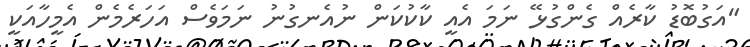
"އަގުބޮޑު ކާރެއް ގެންގުޅޭ ނަމަ އެއީ ކާކުކަން ނުއެނގުނު ނަމަވެސް އަހަރެމެން އެމީހާއަކީ